system: You are a helpful assistant.
user:
Analyze the provided spectrum to determine if it is a **S-type Star**.

- **Key Indicators for S-type Star:**

    - **(Overall Spectrum Shape):** The first and most obvious characteristic is the overall continuum (the "baseline" shape). It is **extremely "red-sloping,"** meaning the flux (light intensity) is very low on the left side (blue, ~4000-4500 Å) and rises steeply and continuously toward the right side (red, ~7000 Å+).

    - **(Primary):** The spectrum is defined by the presence of strong, broad molecular absorption "valleys" (bands) from **Zirconium Oxide (ZrO)**. The identification of these bands is the **primary requirement** for classifying a star as S-type.
        - **(Key Bandheads):** You must find distinct, deep "dips" where the light has been absorbed. The most critical band systems to locate are:
            - **~6474 Å** ($\gamma$-system): This is often the strongest and clearest ZrO feature, found in the red part of the spectrum.
            - **~5718 Å** & **~5551 Å** ($\beta$-system): A pair of prominent absorption features in the yellow-orange part of the spectrum.
            - **~4640 Å** ($\alpha$-system): A key absorption band system in the blue-green region of the spectrum.

    - **(Secondary Confirmation):** The classification is strengthened by finding additional absorption bands from other related heavy element oxides, which are expected to be present alongside ZrO.
        - **(Key Bandheads):**
            - **Yttrium Oxide (YO):** Look for absorption dips near **~4800 Å** and **~6100 Å**.
            - **Lanthanum Oxide (LaO):** Additional absorption features, particularly in the red-orange part of the spectrum, are also characteristic.

    - **(Line Profile):** The combination of the steep red continuum and these numerous, deep molecular bands (ZrO, YO, etc.) gives the entire spectrum a very **"chopped-up"** or **"bumpy"** appearance. Instead of a smooth curve, the spectrum looks as though large, wide chunks of light have been "carved out" of it at the specific wavelengths listed above.

Think first, call **spectral_visualization_tool** if needed to examine features in detail, then provide your final answer. Your response must adhere to the following strict rules:
1.  **Overall Structure:** Your response must follow the format `<think>...</think> <tool_call>...</tool_call> (if a tool is used) <answer>...</answer>`.
2.  **Tool Usage Constraint:** You may only make **one** tool call per turn.
3.  **Final Answer Format:** In the `<answer>` tag, your conclusion must be inside a `\boxed{}` command (e.g., `\boxed{YES}` or `\boxed{NO}`), followed by your justification.

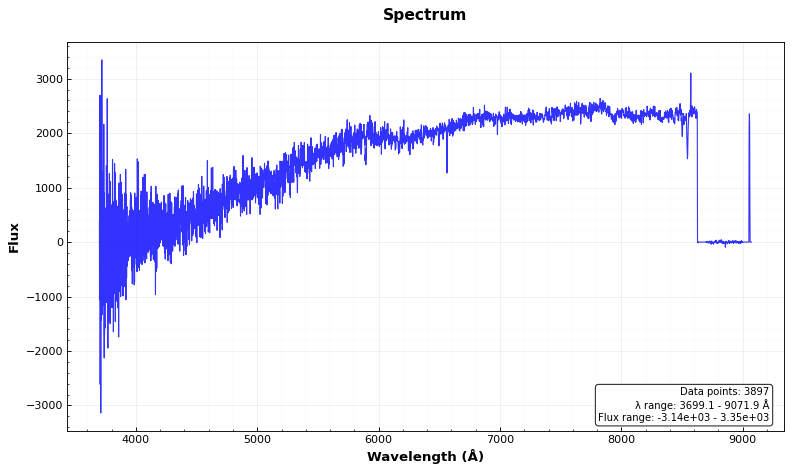
Answer: NO